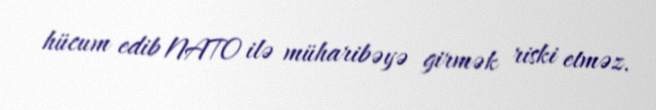
hücum edib NATO ilə müharibəyə girmək riski etməz.